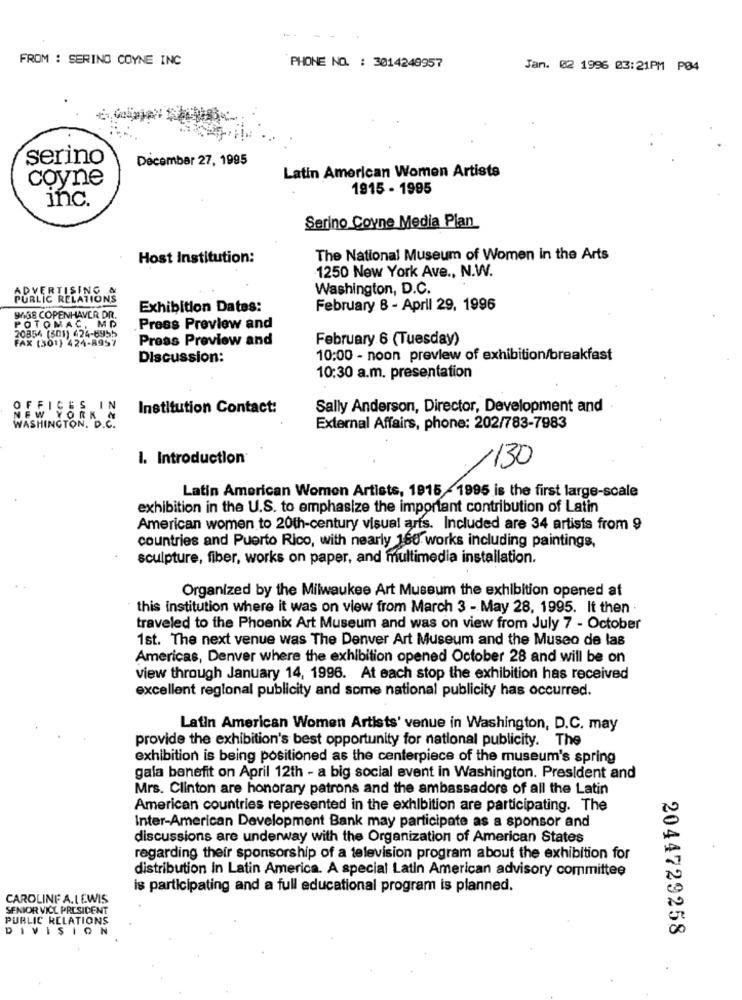
- -
FROM : SERING COYNE INC
PHONE NO. : 3014248957
Jan. 02 1996 03:21PM P04
serino
December 27, 1995
coyne
Latin American Women Artists
1915 - 1995
inc.
Serino Coyne Media Plan
Host Institution:
The National Museum of Women in the Arts
1250 New York Ave ., N.W.
Washington, D.C.
ADVERTISING.
Exhibition Dates:
February 8 - April 29. 1996
9638 COPENHAVER DR.
POTOMAC, MD
20854 (301) 424-6955
.Press Preview and
Press Preview and
February 6 (Tuesday)
FAX (301) 424-8957
Discussion:
10:00 - noon preview of exhibition/breakfast
10:30 a.m. presentation
OFFICES IN
Institution Contact:
Sally Anderson, Director, Development and
NEW YORK A
WASHINGTON, D.C.
External Affairs, phone: 202/783-7983
I. Introduction
130
Latin American Women Artists, 1915 -1995 is the first large-scale
exhibition in the U.S. to emphasize the important contribution of Latin
American women to 20th-century visual arts. Included are 34 artists from 9
countries and Puerto Rico, with nearly 160 works including paintings,
sculpture, fiber, works on paper, and multimedia installation.
Organized by the Milwaukee Art Museum the exhibition opened at
this institution where it was on view from March 3 - May 28, 1995. It then .
traveled to the Phoenix Art Museum and was on view from July 7 - October
1st. The next venue was The Denver Art Museum and the Museo de las
Americas, Denver where the exhibition opened October 28 and will be on
view through January 14, 1996. At each stop the exhibition has received
excellent regional publicity and some national publicity has occurred.
Latin American Women Artists' venue in Washington, D.C. may
provide the exhibition's best opportunity for national publicity. The
exhibition is being positioned as the centerpiece of the museum's spring
gala benefit on April 12th - a big social event in Washington. President and
Mrs. Clinton are honorary patrons and the ambassadors of all the Latin
American countries represented in the exhibition are participating. The
Inter-American Development Bank may participate as a sponsor and
discussions are underway with the Organization of American States
regarding their sponsorship of a television program about the exhibition for
distribution in Latin America. A special Latin American advisory committee
is participating and a full educational program is planned.
CAROLINF A.LEWIS
SENIOR VICE PRESIDENT
PUBLIC RELATIONS
DIVISION
2044729258